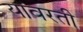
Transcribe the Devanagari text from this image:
यांवरती